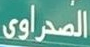
الصحراوى